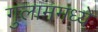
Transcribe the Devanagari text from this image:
गुलाममध्ये